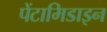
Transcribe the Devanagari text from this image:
पेंटामिडाइन